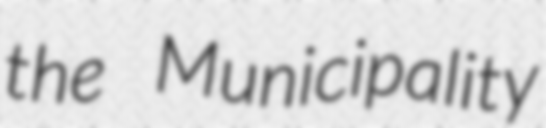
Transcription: the Municipality